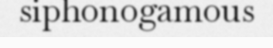
siphonogamous